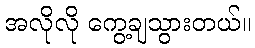
အလိုလို ကွေ့ချသွားတယ်။